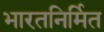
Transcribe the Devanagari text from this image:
भारतनिर्मित